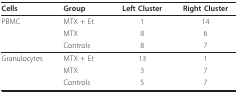
| Cells | Group | Left Cluster | Right Cluster |
 | --- | --- | --- | --- |
 | PBMC | MTX + Et | 1 | 14 |
 |  | MTX | 8 | 6 |
 |  | Controls | 8 | 7 |
 | Granulocytes | MTX + Et | 13 | 1 |
 |  | MTX | 3 | 7 |
 |  | Controls | 5 | 7 |